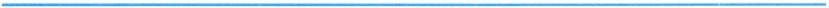
___